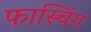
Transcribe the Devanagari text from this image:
फास्चिंग